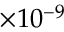
\times 1 0 ^ { - 9 }